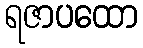
ရဇာပထော